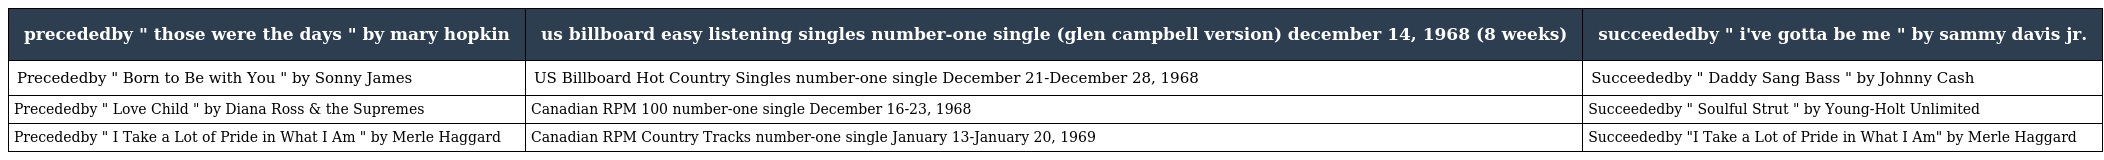
| precededby " those were the days " by mary hopkin | us billboard easy listening singles number-one single (glen campbell version) december 14, 1968 (8 weeks) | succeededby " i've gotta be me " by sammy davis jr. |
 | --- | --- | --- |
 | Precededby " Born to Be with You " by Sonny James | US Billboard Hot Country Singles number-one single December 21-December 28, 1968 | Succeededby " Daddy Sang Bass " by Johnny Cash |
 | Precededby " Love Child " by Diana Ross & the Supremes | Canadian RPM 100 number-one single December 16-23, 1968 | Succeededby " Soulful Strut " by Young-Holt Unlimited |
 | Precededby " I Take a Lot of Pride in What I Am " by Merle Haggard | Canadian RPM Country Tracks number-one single January 13-January 20, 1969 | Succeededby "I Take a Lot of Pride in What I Am" by Merle Haggard |